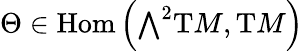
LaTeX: \Theta\in{\mathrm{Hom}}\left({\textstyle\bigwedge}^{2}\mathrm{{T}}M,\mathrm{{T}}M\right)